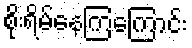
စိုးရိမ်နေကြကြောင်း